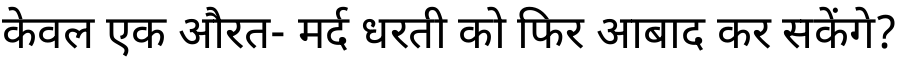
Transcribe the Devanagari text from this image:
केवल एक औरत- मर्द धरती को फिर आबाद कर सकेंगे?